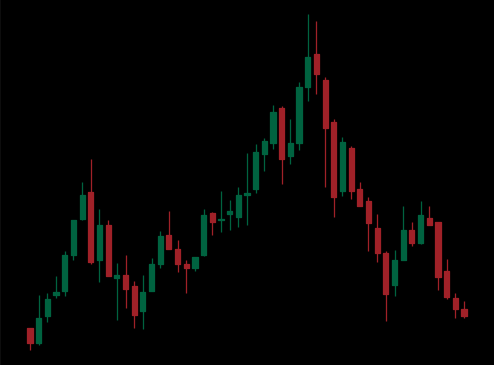
Pattern: head_shoulders